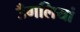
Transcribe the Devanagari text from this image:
उँगलियां